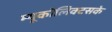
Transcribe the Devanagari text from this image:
म्यूकोलिक्टसके